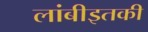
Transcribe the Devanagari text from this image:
लांबीइतकी